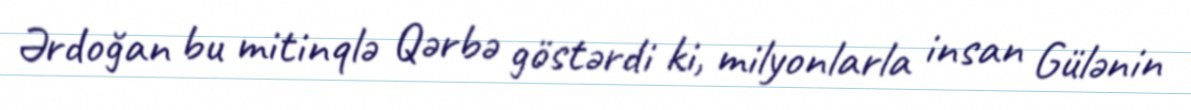
Ərdoğan bu mitinqlə Qərbə göstərdi ki, milyonlarla insan Gülənin